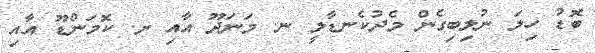
ބޮޑު ހިލަ ނުލިބިގެން މެދުކެނޑާލީ ނ. މަނަދޫ އާއި ށ. ކޮމަންޑޫ އާއި